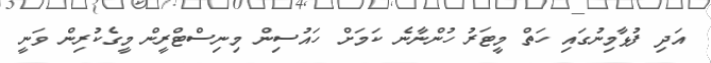
އަދި ފުޅާމިނުގައި ހަތް މީޓަރު ހުންނާނެ ކަމަށް ހައުސިން މިނިސްޓްރީން މީގެކުރިން ވަނީ